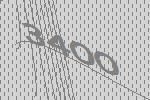
3400